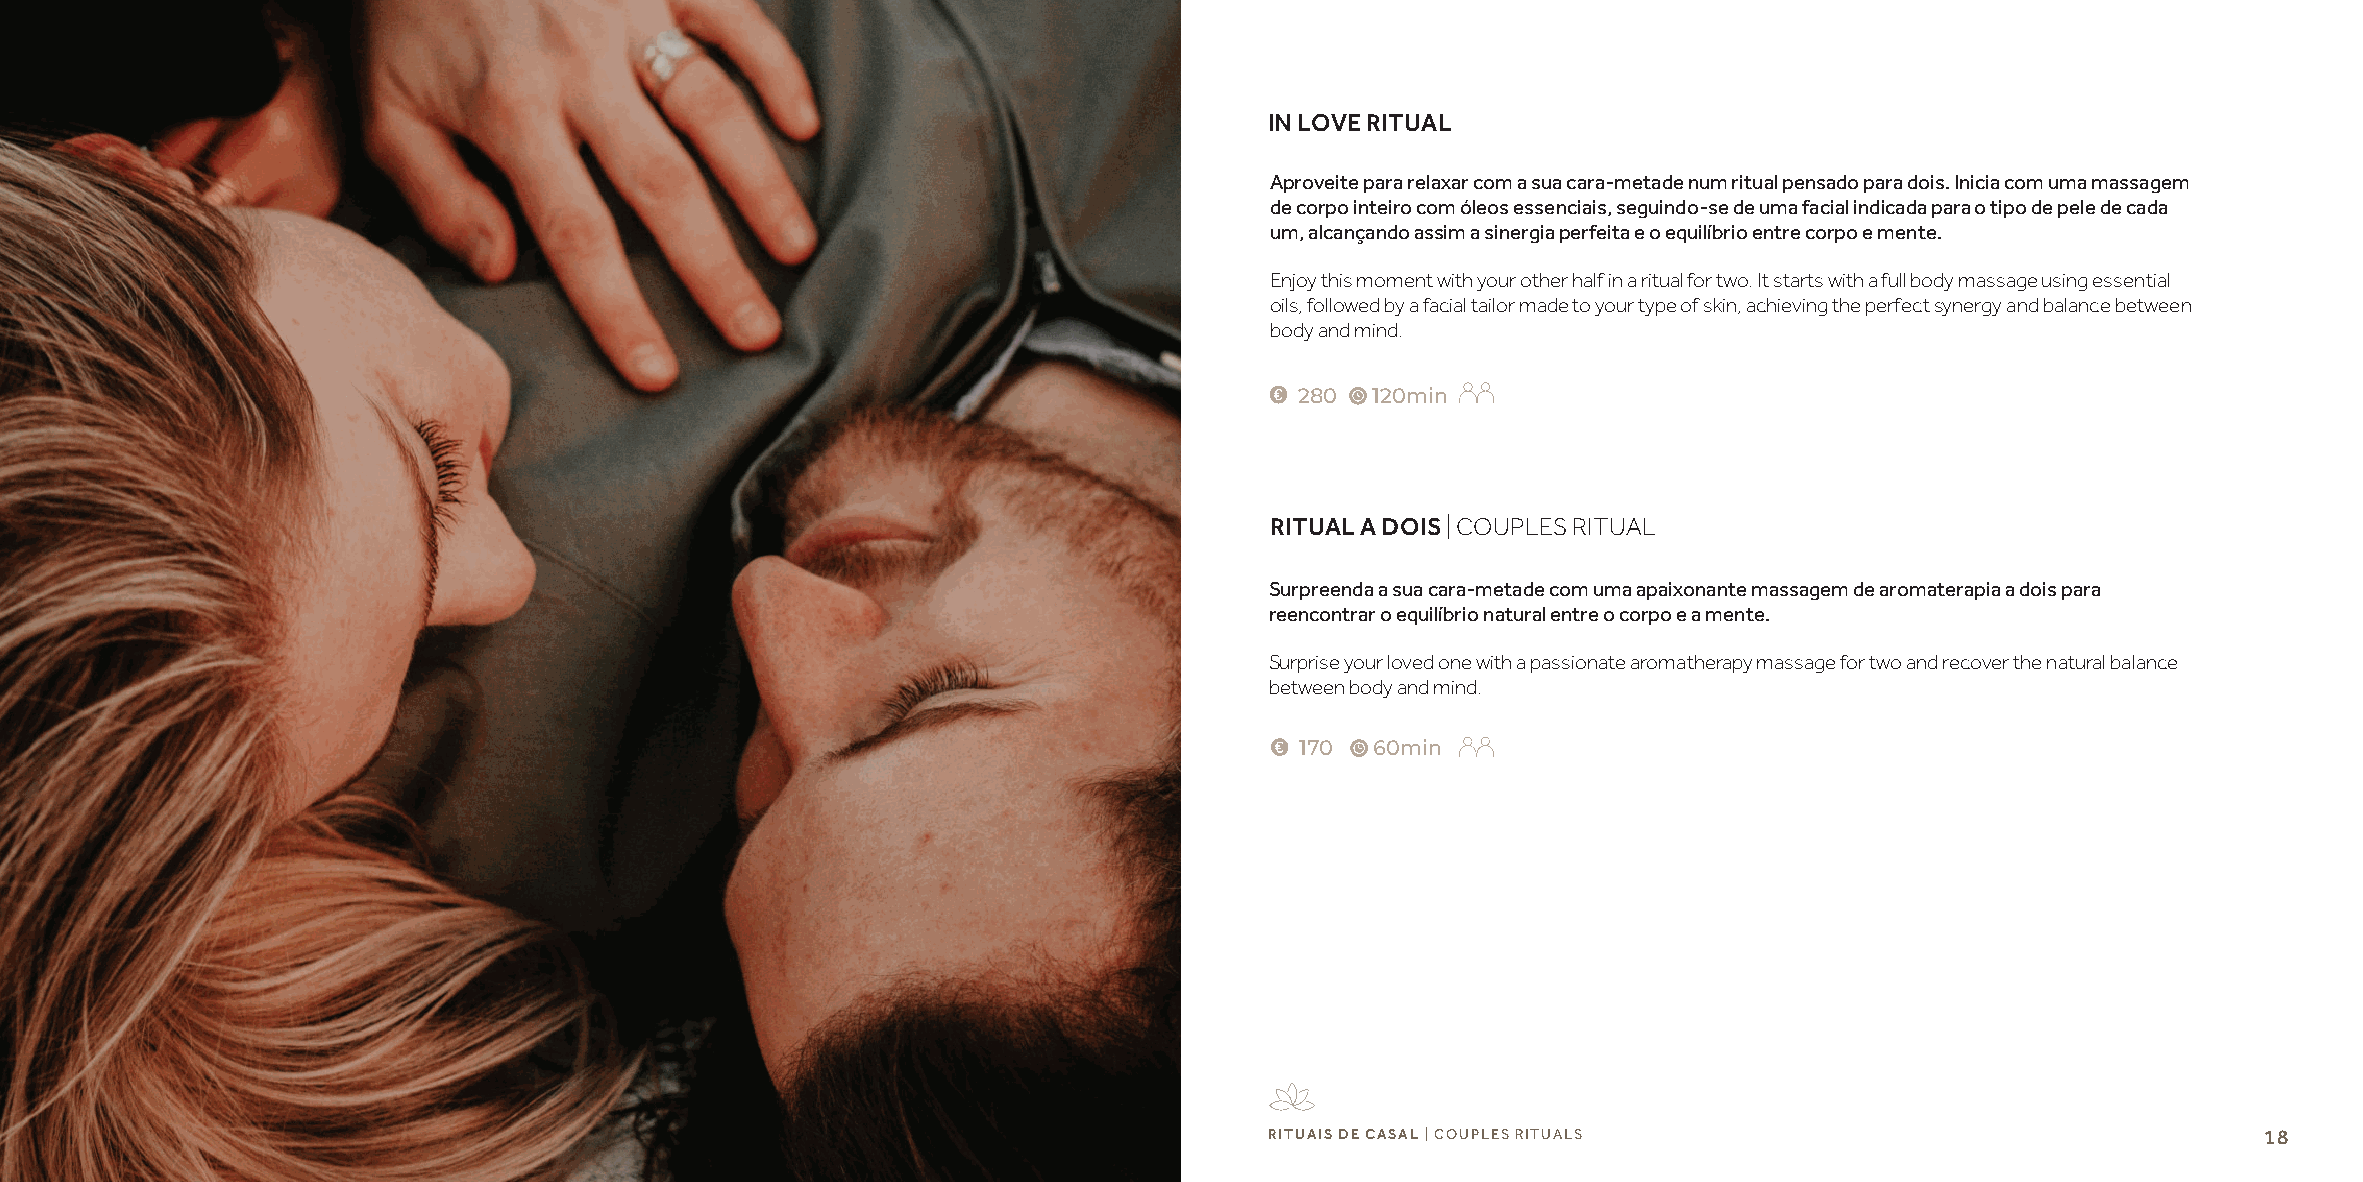
IN LOVE RITUAL
 Aproveite para relaxar com a sua cara-metade num ritual pensado para dois. Inicia com uma massagem
 de corpo inteiro com óleos essenciais, seguindo-se de uma facial indicada para o tipo de pele de cada
 um, alcançando assim a sinergia perfeita e o equilíbrio entre corpo e mente.
 Enjoy this moment with your other half in a ritual for two. It starts with a full body massage using essential
 oils, followed by a facial tailor made to your type of skin, achieving the perfect synergy and balance between
 body and mind.
 280  120min
 RITUAL A DOIS | COUPLES RITUAL
 Surpreenda a sua cara-metade com uma apaixonante massagem de aromaterapia a dois para
 reencontrar o equilíbrio natural entre o corpo e a mente.
 Surprise your loved one with a passionate aromatherapy massage for two and recover the natural balance
 between body and mind.
 170  60min
 RITUAIS DE CASAL | COUPLES RITUALS                                18